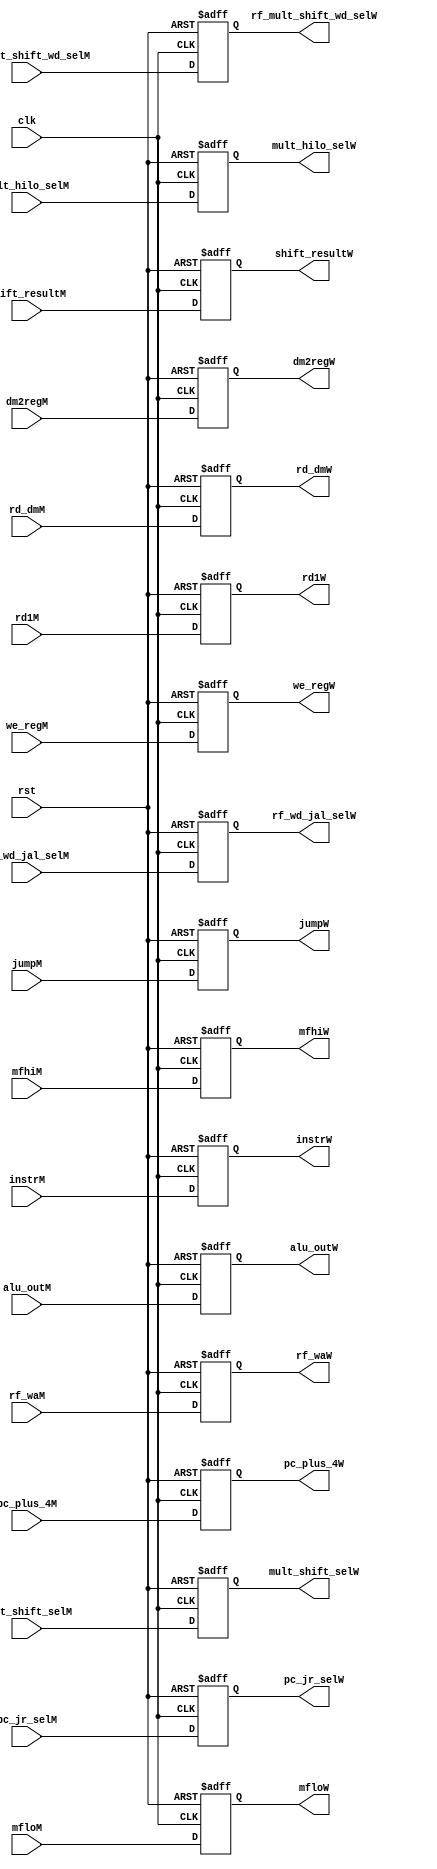
`timescale 1ns / 1ps
//////////////////////////////////////////////////////////////////////////////////
// Company: 
// Engineer: 
// 
// Design Name: 
// Module Name: MEM_WB_State_Reg
// Project Name: 
// Target Devices: 
// Tool Versions: 
// Description: 
// 
// Dependencies: 
// 
// Revision:
// Revision 0.01 - File Created
// Additional Comments:
// 
//////////////////////////////////////////////////////////////////////////////////


module MEM_WB_State_Reg (
        // Datapath
        input   wire            clk, rst,
        input   wire    [31:0]  alu_outM,
        input   wire    [31:0]  rd_dmM,
        input   wire    [31:0]  rd1M,
        input   wire    [31:0]  mfhiM,
        input   wire    [31:0]  mfloM,
        input   wire    [4:0]   rf_waM,
        input   wire    [31:0]  pc_plus_4M,
        input   wire    [31:0]  shift_resultM,
        input   wire    [31:0]  instrM,
        
        output  reg     [31:0]  alu_outW,
        output  reg     [31:0]  rd_dmW,
        output  reg     [31:0]  rd1W,
        output  reg     [31:0]  mfhiW,
        output  reg     [31:0]  mfloW,
        output  reg     [4:0]   rf_waW,    
        output  reg     [31:0]  pc_plus_4W,
        output  reg     [31:0]  shift_resultW,
        output  reg     [31:0]  instrW,
        
        // Control Signals 
        input   wire            jumpM,
        input   wire            we_regM,
        input   wire            dm2regM,
        input   wire            rf_wd_jal_selM,
        input   wire            rf_mult_shift_wd_selM,
        input   wire            mult_shift_selM,
        input   wire            pc_jr_selM,
        input   wire            mult_hilo_selM,
        
        output  reg             jumpW,
        output  reg             we_regW,
        output  reg             dm2regW,
        output  reg             rf_wd_jal_selW,
        output  reg             rf_mult_shift_wd_selW,
        output  reg             mult_shift_selW,
        output  reg             pc_jr_selW,
        output  reg             mult_hilo_selW
    );
    
    always @ (posedge clk, posedge rst) begin
        if (rst) begin
            alu_outW            <= 0;
            rd_dmW              <= 0;
            rd1W                <= 0;
            mfhiW               <= 0;
            mfloW               <= 0;
            rf_waW              <= 0;  
            pc_plus_4W          <= 0;
            shift_resultW       <= 0;
            instrW              <= 0;
            
            jumpW               <= 0;
            we_regW             <= 0;
            dm2regW             <= 0;
            rf_wd_jal_selW      <= 0;
            rf_mult_shift_wd_selW   <= 0;
            mult_shift_selW     <= 0;
            pc_jr_selW          <= 0;
            mult_hilo_selW      <= 0;
        end
        else begin
            alu_outW            <= alu_outM;
            rd_dmW              <= rd_dmM;
            rd1W                <= rd1M;
            mfhiW               <= mfhiM;
            mfloW               <= mfloM;
            rf_waW              <= rf_waM;  
            pc_plus_4W          <= pc_plus_4M;
            shift_resultW       <= shift_resultM;
            instrW              <= instrM;
            
            jumpW               <= jumpM;
            we_regW             <= we_regM;
            dm2regW             <= dm2regM;
            rf_wd_jal_selW      <= rf_wd_jal_selM;
            rf_mult_shift_wd_selW   <= rf_mult_shift_wd_selM;
            mult_shift_selW     <= mult_shift_selM;
            pc_jr_selW          <= pc_jr_selM;
            mult_hilo_selW      <= mult_hilo_selM;
        end
    end    
endmodule